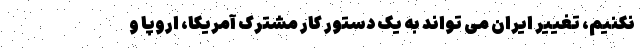
نکنیم، تغییر ایران می تواند به یک دستور کار مشترک آمریکا، اروپا و